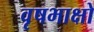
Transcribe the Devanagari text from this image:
वृषभाक्षो